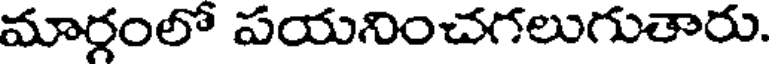
మార్గంలో పయనించగలుగుతారు.